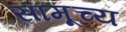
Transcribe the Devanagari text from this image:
सामूच्य